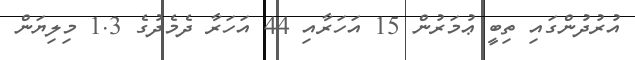
އުރުދުންގައި ތިބީ ޢުމަރުން 15 އަހަރާއި 44 އަހަރާ ދެމެދުގެ 1.3 މިލިޔަން